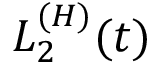
L _ { 2 } ^ { ( H ) } ( t )